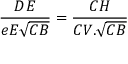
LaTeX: { \frac { D E } { e E { \sqrt { C B } } } } = { \frac { C H } { C V . { \sqrt { C B } } } }